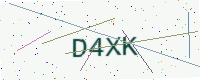
Text: D4XK